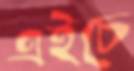
এইচে